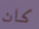
كان